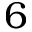
6